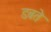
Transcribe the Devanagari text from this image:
डबते